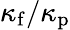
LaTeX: \kappa_{\mathrm{f}}/\kappa_{\mathrm{p}}